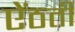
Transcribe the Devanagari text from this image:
ऐंठती